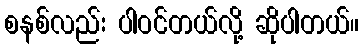
စနစ်လည်း ပါဝင်တယ်လို့ ဆိုပါတယ်။